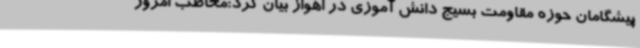
پیشگامان حوزه مقاومت بسیج دانش آموزی در اهواز بیان کرد:مخاطب امروز